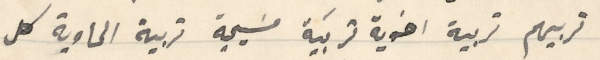
تربيهم تربية اخوية تربَية مسَيحية قريبة الحاوية كل